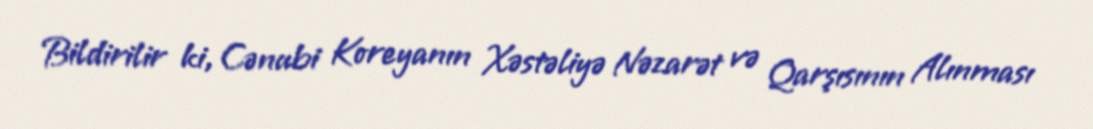
Bildirilir ki, Cənubi Koreyanın Xəstəliyə Nəzarət və Qarşısının Alınması